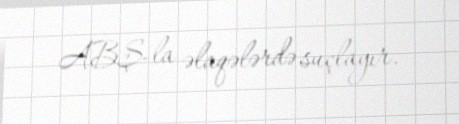
ABŞ-la əlaqələrdə suçlayır.